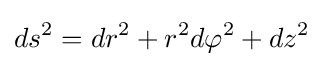
ds^{2}=dr^{2}+r^{2}d\varphi ^{2}+dz^{2}